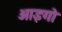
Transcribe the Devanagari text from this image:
आइगो